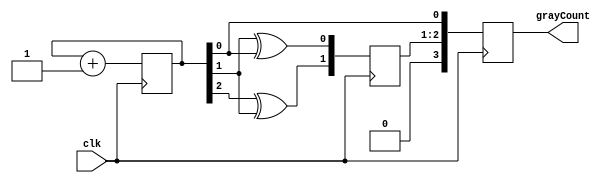
module TimingControlAndSynchronization(
    input wire clk,
    output reg [3:0] grayCount
);

reg [2:0] count;
reg [1:0] q;

always @(posedge clk) begin
    count <= count + 1;
    q <= {count[2] ^ count[1], count[1] ^ count[0]};
    grayCount <= {q, count[0]};
end

endmodule